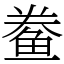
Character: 鲞